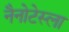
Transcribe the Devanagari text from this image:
नैनोटेस्ला